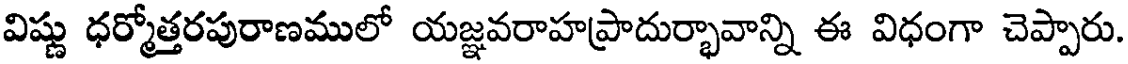
విష్ణు ధర్మోత్తరపురాణములో యజ్ఞవరాహప్రాదుర్భావాన్ని ఈ విధంగా చెప్పారు.